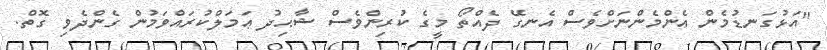
"އަޅުގަނޑުމެން އެންމެންނަށްވެސް އެނގޭ ދެއްތޯ މީގެ ކުރިންވެސް ޝާޙިދު ޢަމަލްކުރައްވަމުން ގެންދެވި ގޮތް.